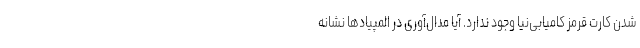
شدن کارت قرمز کامیابی‌نیا وجود ندارد. آیا مدال‌آوری در المپیادها نشانه